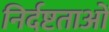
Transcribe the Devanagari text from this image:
निर्दष्टताओं